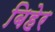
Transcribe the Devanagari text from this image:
बिहेर